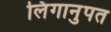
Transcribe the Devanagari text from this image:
लिंगानुपत